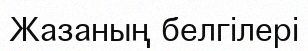
Жазаның белгілері